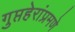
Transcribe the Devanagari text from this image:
गुप्तहेरांप्रमणे